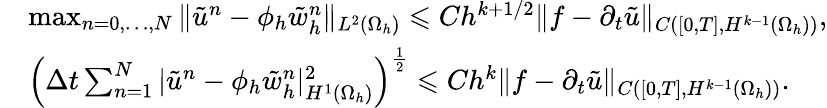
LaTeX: \begin{array}{rl}&{\operatorname*{max}_{n=0,\ldots,N}\| \tilde{u}^{n}-\phi_{h}\tilde{w}_{h}^{n}\| _{L^{2}(\Omega_{h})}\leqslant Ch^{k+1/2}\| f-\partial_{t}\tilde{u}\| _{C([0,T],H^{k-1}(\Omega_{h}))},}\\ &{\left(\Delta t\sum_{n=1}^{N}|\tilde{u}^{n}-\phi_{h}\tilde{w}_{h}^{n}|_{H^{1}(\Omega_{h})}^{2}\right)^{\frac{1}{2}}\leqslant Ch^{k}\| f-\partial_{t}\tilde{u}\| _{C([0,T],H^{k-1}(\Omega_{h}))}.}\end{array}